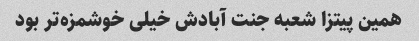
همین پیتزا شعبه جنت آبادش خیلی خوشمزه‌تر بود